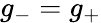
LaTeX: g_{-}=g_{+}